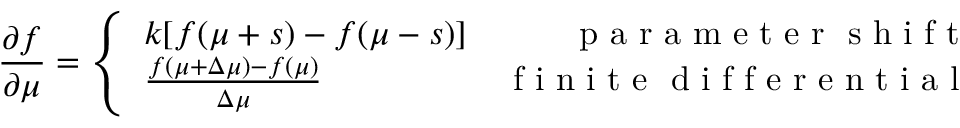
\frac { \partial f } { \partial \mu } = \left\{ \begin{array} { l r } { k [ f ( \mu + s ) - f ( \mu - s ) ] } & { \mathrm { ~ p ~ a ~ r ~ a ~ m ~ e ~ t ~ e ~ r ~ \ s ~ h ~ i ~ f ~ t ~ } } \\ { \frac { f ( \mu + \Delta \mu ) - f ( \mu ) } { \Delta \mu } } & { \mathrm { ~ f ~ i ~ n ~ i ~ t ~ e ~ \ d ~ i ~ f ~ f ~ e ~ r ~ e ~ n ~ t ~ i ~ a ~ l ~ } } \end{array} \right.